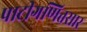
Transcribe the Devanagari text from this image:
पाटीगणितसार